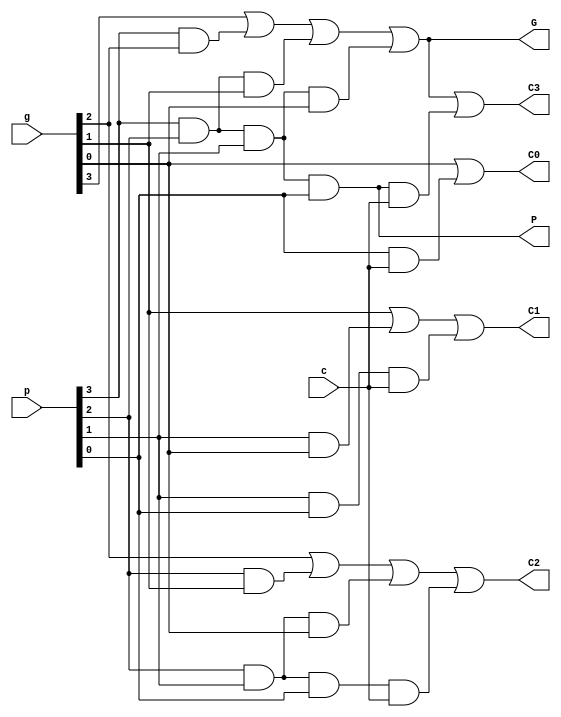
`timescale 1ns / 1ps
//////////////////////////////////////////////////////////////////////////////////
// Company: 
// Engineer: 
// 
// Design Name: 
// Module Name: BCLA4
// Project Name: 
// Target Devices: 
// Tool Versions: 
// Description: 
// 
// Dependencies: 
// 
// Revision:
// Revision 0.01 - File Created
// Additional Comments:
// 
//////////////////////////////////////////////////////////////////////////////////


module CLA4(
    input[3:0] g,
    input[3:0] p,
    input c,
    output P,
    output G,
    output C3,
    output C2,
    output C1,
    output C0
    );
    assign G = g[3] | (p[3] & g[2]) | (p[3] & p[2] & g[1]) | (p[3] & p[2] & p[1] & g[0]);
    assign P = p[3] & p[2] & p[1] & p[0];
    assign C0 = g[0] | (p[0] & c);
    assign C1 = g[1] | (p[1] & g[0]) |  (p[1] & p[0] & c);
    assign C2 = g[2] | (p[2] & g[1]) | (p[2] & p[1] & g[0]) | (p[2] & p[1] & p[0] & c);
    assign C3 = g[3] | (p[3] & g[2]) | (p[3] & p[2] & g[1]) | (p[3] & p[2] & p[1] & g[0]) | (p[3] & p[2] & p[1] & p[0] &c);
endmodule